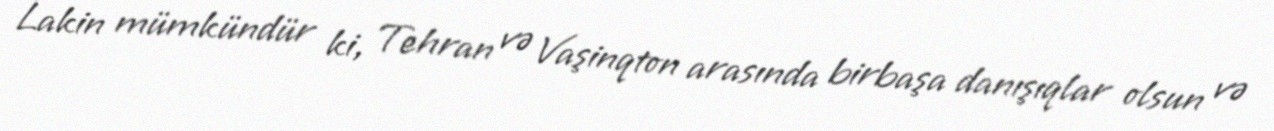
Lakin mümkündür ki, Tehran və Vaşinqton arasında birbaşa danışıqlar olsun və